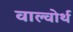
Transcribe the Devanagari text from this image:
वाल्वोर्थ